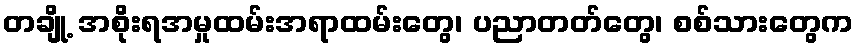
တချို့ အစိုးရအမှုထမ်းအရာထမ်းတွေ၊ ပညာတတ်တွေ၊ စစ်သားတွေက